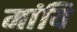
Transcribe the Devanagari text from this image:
मांयि